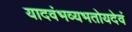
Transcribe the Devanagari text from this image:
यादवंभव्यभतोयदेवं